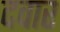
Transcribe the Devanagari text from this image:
दवार